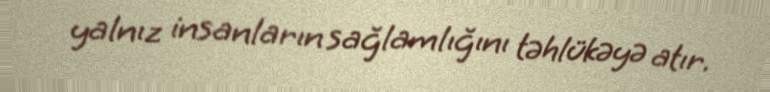
yalnız insanların sağlamlığını təhlükəyə atır.